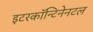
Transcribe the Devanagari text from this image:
इटरकॉन्टिनेनटल